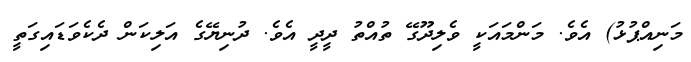
މަނިއްޕުޅު) އެވެ. މަންމައަކީ ވެލިދޫގޭ ތުއްތު ދީދީ އެވެ. ދުނިޔޭގެ އަލިކަން ދެކެވަޑައިގަތީ